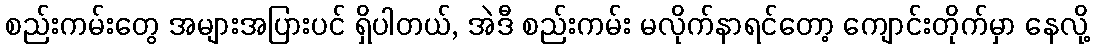
စည်းကမ်းတွေ အများအပြားပင် ရှိပါတယ်, အဲဒီ စည်းကမ်း မလိုက်နာရင်တော့ ကျောင်းတိုက်မှာ နေလို့